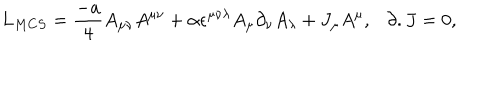
L _ { M C S } = { \frac { - a } { 4 } } A _ { \mu \nu } A ^ { \mu \nu } + \alpha \epsilon ^ { \mu \nu \lambda } A _ { \mu } \partial _ { \nu } A _ { \lambda } + J _ { \mu } A ^ { \mu } , \partial . J = 0 ,